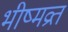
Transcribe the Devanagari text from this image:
भीष्मव्रत